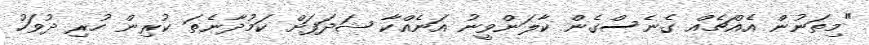
"މިތަނުން އެއްޗެއް ގެނެސްގެން ކާލަންވީނު އަނެއްކާ ޝަދަފަށް ކަމުދާނެތަ ކުރިން ހުރި ދުވަހު